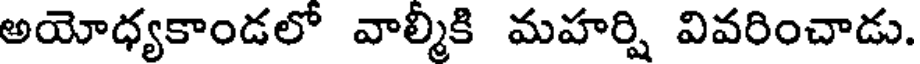
అయోధ్యకాండలో వాల్మీకి మహర్షి వివరించాడు.